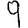
Digit: 9